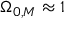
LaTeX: \Omega _ { 0 , M } \approx 1